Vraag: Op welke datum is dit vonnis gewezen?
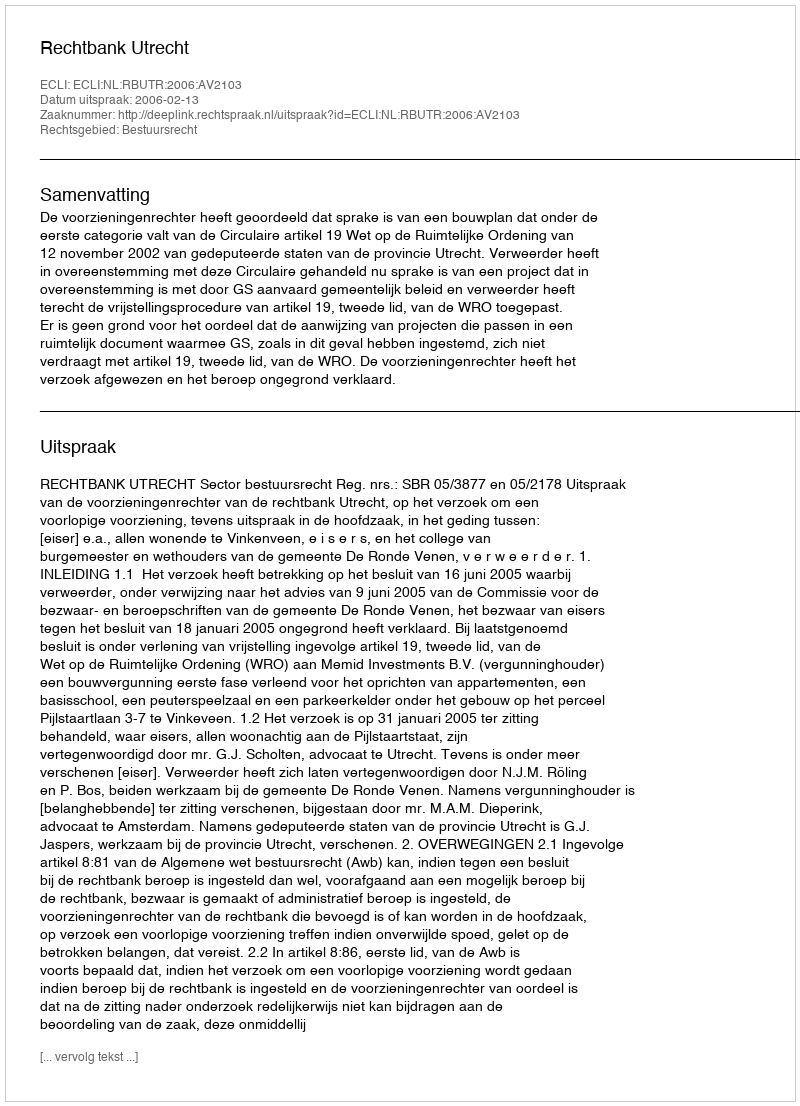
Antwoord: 2006-02-13